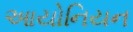
આયોનિયન